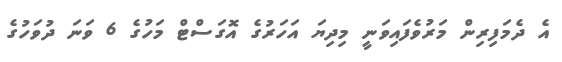
އެ ދެމަފިރިން މަރުވެފައިވަނީ މިދިޔަ އަހަރުގެ އޮގަސްޓް މަހުގެ 6 ވަނަ ދުވަހުގެ